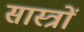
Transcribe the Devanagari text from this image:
सास्त्रों